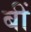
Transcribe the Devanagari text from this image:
बीं